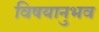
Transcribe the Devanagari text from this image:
विषयानुभव